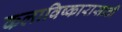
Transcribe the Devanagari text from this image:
कलाविष्कारासाठी